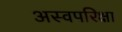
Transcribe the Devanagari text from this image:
अस्वपरिक्षा